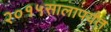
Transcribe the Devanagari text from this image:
२०१५सालापर्यंत